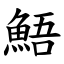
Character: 鯃